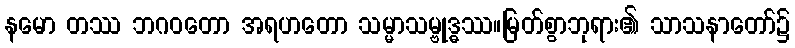
နမော တဿ ဘဂဝတော အရဟတော သမ္မာသမ္ဗုဒ္ဓဿ။မြတ်စွာဘုရား၏ သာသနာတော်၌